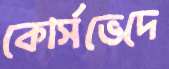
কোর্সভেদে